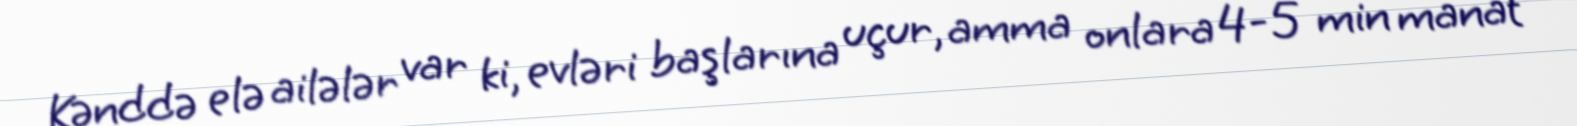
Kənddə elə ailələr var ki, evləri başlarına uçur, amma onlara 4-5 min manat